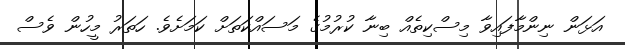
އަޅަން ނިންމާފައިވާ މިސްކިތެއް ބިނާ ކުރުމުގެ މަސައްކަތަށް ކަމަށެވެ. ހަތަރު މީހުން ވެސް